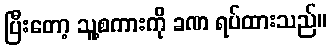
ပြီးတော့ သူ့စကားကို ခဏ ရပ်ထားသည်။